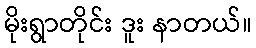
မိုးရွာတိုင်း ဒူး နာတယ်။